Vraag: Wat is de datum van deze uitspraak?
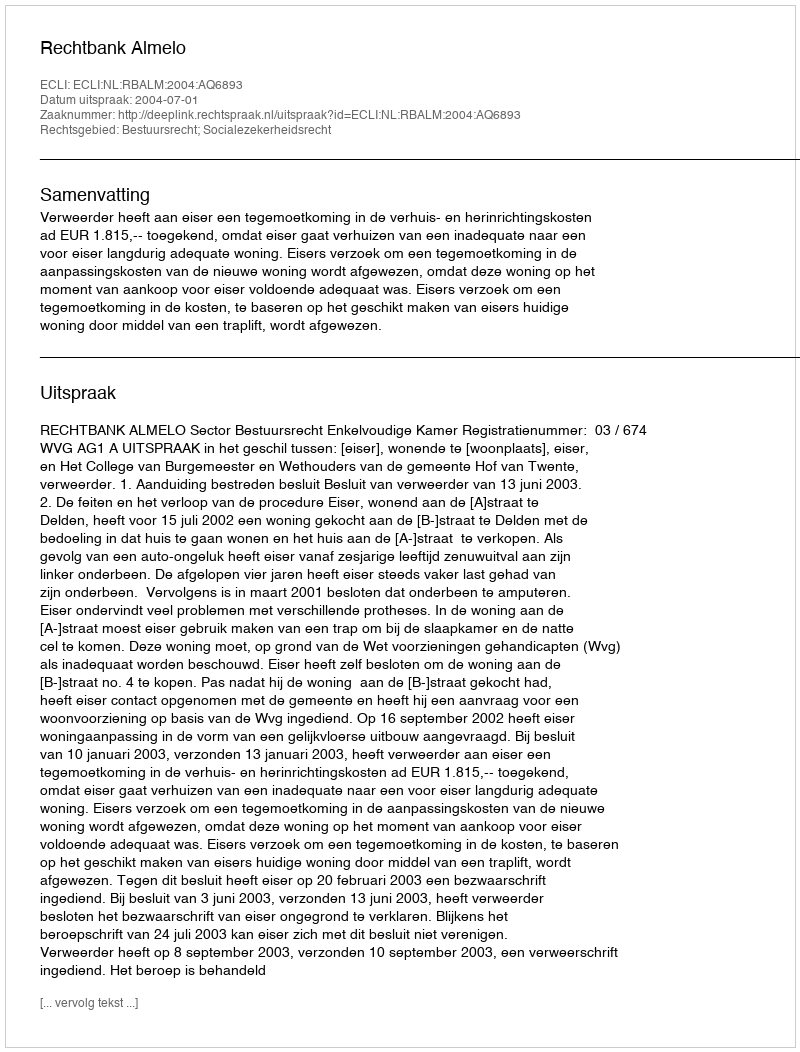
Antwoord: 2004-07-01